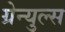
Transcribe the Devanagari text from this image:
ग्रेन्युल्स